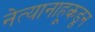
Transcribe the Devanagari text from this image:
नेत्यानाहूकडून